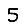
Digit: 5